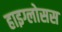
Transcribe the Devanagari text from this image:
हाइग्लोसस